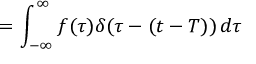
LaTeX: = \int _ { - \infty } ^ { \infty } f ( \tau ) \delta ( \tau - ( t - T ) ) \, d \tau